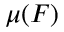
\mu ( F )